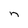
Character: n